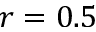
r = 0 . 5